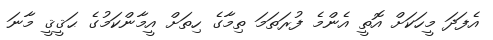
އެފަދަ މީހަކަށް އޮތީ އެންމެ ފުރަތަމަ ތިމާގެ ހިތަށް އީމާންކަމުގެ ޙަޤީޤީ މާނަ